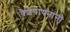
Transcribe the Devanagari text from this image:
वैशंपायनांनी